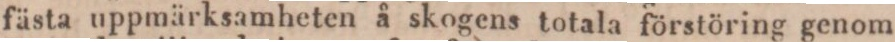
fästa uppmärksamheten å skogens totala förstöring genom